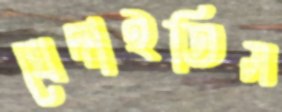
খেদাইতিস